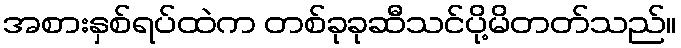
အစားနှစ်ရပ်ထဲက တစ်ခုခုဆီသင်ပို့မိတတ်သည်။